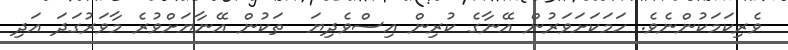
ވެރިކަމަކުންނެވެ. ހަމަކަށަވަރުން އޭނާގެ ކުރިން އިސްވެދިޔަ  ތަކުން އޭނާޔަށްވުރެ މާވަރުގަދަ އަދި